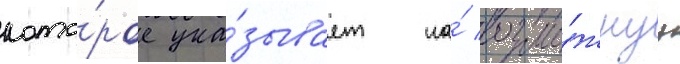
кото́рое ука́зывает на́ возмо́жнуу